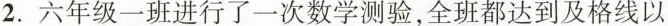
2.六年级一班进行了一次数学测验，全班都达到及格线以